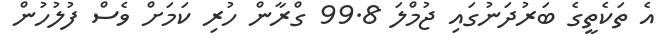
އެ ތަކެތީގެ ބަރުދަނުގައި ޖުމްލަ 99.8 ގްރާން ހުރި ކަމަށް ވެސް ފުލުހުން